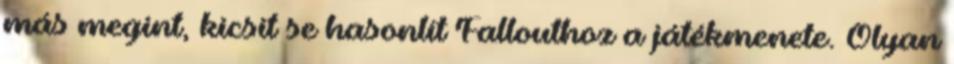
más megint, kicsit se hasonlít Fallouthoz a játékmenete. Olyan